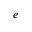
e